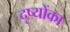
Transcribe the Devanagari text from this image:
दृष्योंका